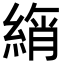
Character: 𦂚